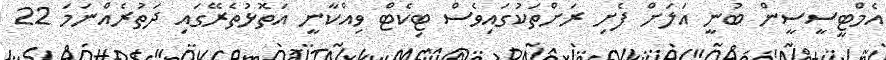
އެމްޓީސީސީން ބުނީ އަލަށް ފެށި ރަށްތަކުގައިވެސް ޓިކެޓް ވިއްކާނީ އަތޮޅުތެރޭގައި ދަތުރެއްނަމަ 22